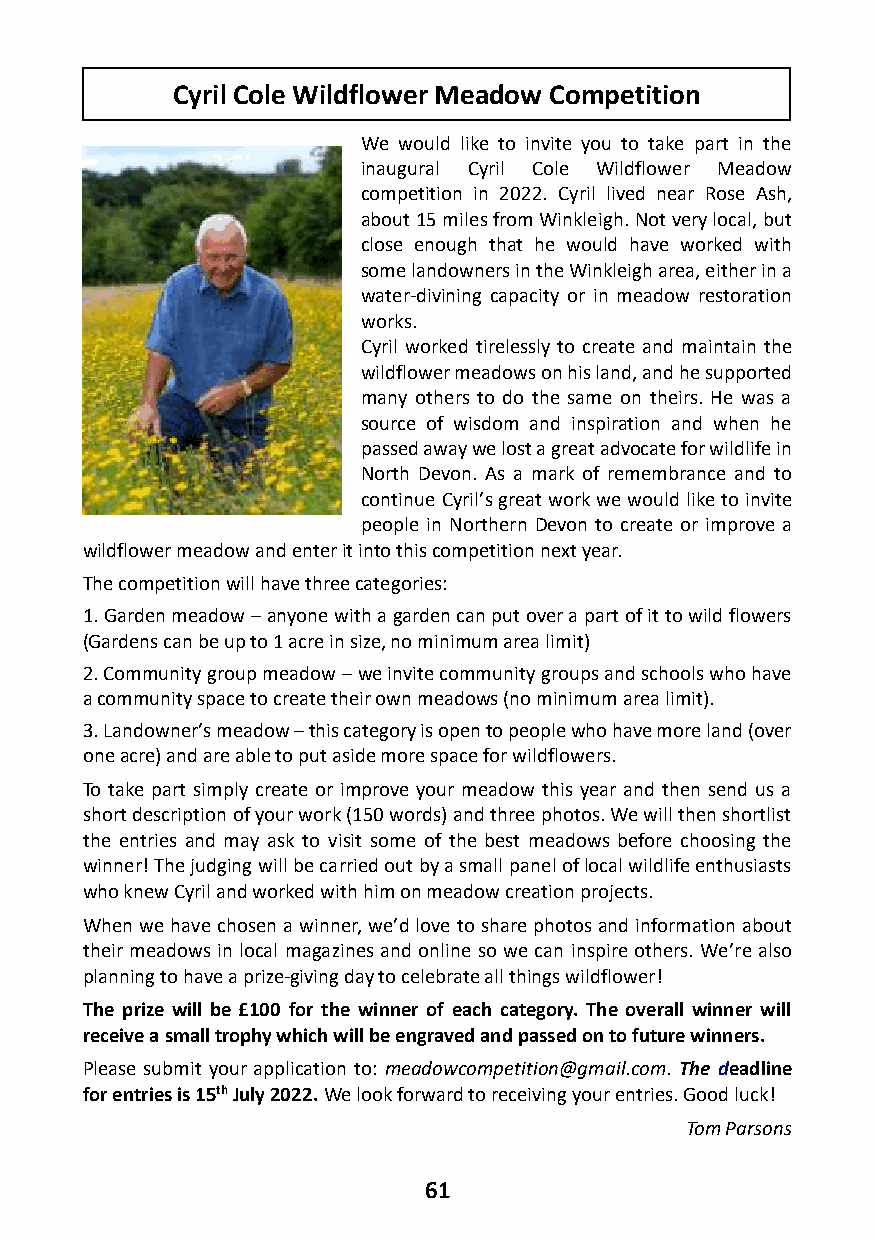
Cyril Cole Wildflower Meadow Competition
 We would like to invite you to take part in the
 inaugural Cyril Cole Wildflower Meadow
 competition in 2022. Cyril lived near Rose Ash,
 about 15 miles from Winkleigh. Not very local, but
 close enough that he would have worked with
 some landowners in the Winkleigh area, either in a
 water-divining capacity or in meadow restoration
 works.
 Cyril worked tirelessly to create and maintain the
 wildflower meadows on his land, and he supported
 many others to do the same on theirs. He was a
 source of wisdom and inspiration and when he
 passed away we lost a great advocate for wildlife in
 North Devon. As a mark of remembrance and to
 continue Cyril’s great work we would like to invite
 people in Northern Devon to create or improve a
 wildflower meadow and enter it into this competition next year.
 The competition will have three categories:
 1. Garden meadow – anyone with a garden can put over a part of it to wild flowers
 (Gardens can be up to 1 acre in size, no minimum area limit)
 2. Community group meadow – we invite community groups and schools who have
 a community space to create their own meadows (no minimum area limit).
 3. Landowner’s meadow – this category is open to people who have more land (over
 one acre) and are able to put aside more space for wildflowers.
 To take part simply create or improve your meadow this year and then send us a
 short description of your work (150 words) and three photos. We will then shortlist
 the entries and may ask to visit some of the best meadows before choosing the
 winner! The judging will be carried out by a small panel of local wildlife enthusiasts
 who knew Cyril and worked with him on meadow creation projects.
 When we have chosen a winner, we’d love to share photos and information about
 their meadows in local magazines and online so we can inspire others. We’re also
 planning to have a prize-giving day to celebrate all things wildflower!
 The prize will be £100 for the winner of each category. The overall winner will
 receive a small trophy which will be engraved and passed on to future winners.
 Please submit your application to: meadowcompetition@gmail.com. The deadline
 for entries is 15th July 2022. We look forward to receiving your entries. Good luck!
 Tom Parsons
 61